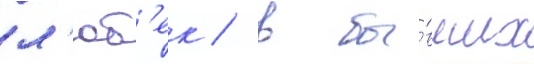
л'юб'ек / в бы́вших